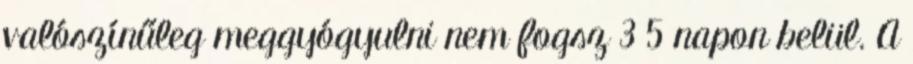
valószínűleg meggyógyulni nem fogsz 3 5 napon belül. A